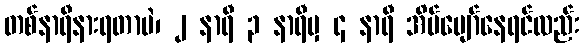
တစ်နာရီနားရတာပဲ၊ ၂ နာရီ ၃ နာရီမှ ၄ နာရီ အိပ်ပျော်နေရင်လည်း